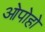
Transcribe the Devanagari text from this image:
ओपोहो